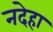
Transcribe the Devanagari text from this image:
नदेहा